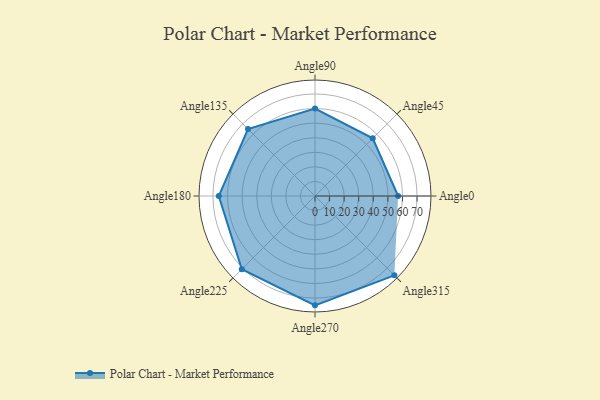
{"axis": {"x": "Angle", "y": "Radius"}, "legend": [""], "data": [{"x": "Angle0", "y": 57.0, "type": ""}, {"x": "Angle45", "y": 56.0, "type": ""}, {"x": "Angle90", "y": 60.0, "type": ""}, {"x": "Angle135", "y": 65.0, "type": ""}, {"x": "Angle180", "y": 66.0, "type": ""}, {"x": "Angle225", "y": 71.0, "type": ""}, {"x": "Angle270", "y": 75.0, "type": ""}, {"x": "Angle315", "y": 77.0, "type": ""}]}